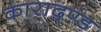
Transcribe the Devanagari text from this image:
काराद्ण्ड